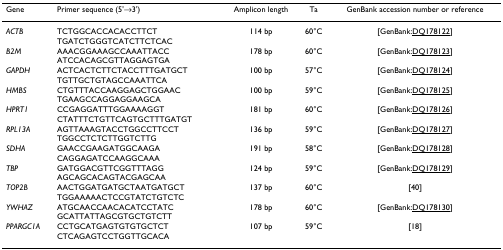
<table><thead><tr><td><b>Gene</b></td><td><b>Primer sequence (5&#x27;→3&#x27;)</b></td><td><b>Amplicon length</b></td><td><b>Ta</b></td><td><b>GenBank accession number or reference</b></td></tr></thead><tbody><tr><td><i>ACTB</i></td><td>TCTGGCACCACACCTTCTTGATCTGGGTCATCTTCTCAC</td><td>114 bp</td><td>60°C</td><td>[GenBank:DQ178122]</td></tr><tr><td><i>B2M</i></td><td>AAACGGAAAGCCAAATTACCATCCACAGCGTTAGGAGTGA</td><td>178 bp</td><td>60°C</td><td>[GenBank:DQ178123]</td></tr><tr><td><i>GAPDH</i></td><td>ACTCACTCTTCTACCTTTGATGCTTGTTGCTGTAGCCAAATTCA</td><td>100 bp</td><td>57°C</td><td>[GenBank:DQ178124]</td></tr><tr><td><i>HMBS</i></td><td>CTGTTTACCAAGGAGCTGGAACTGAAGCCAGGAGGAAGCA</td><td>100 bp</td><td>59°C</td><td>[GenBank:DQ178125]</td></tr><tr><td><i>HPRT1</i></td><td>CCGAGGATTTGGAAAAGGTCTATTTCTGTTCAGTGCTTTGATGT</td><td>181 bp</td><td>60°C</td><td>[GenBank:DQ178126]</td></tr><tr><td><i>RPL13A</i></td><td>AGTTAAAGTACCTGGCCTTCCTTGGCCTCTCTTGGTCTTG</td><td>136 bp</td><td>59°C</td><td>[GenBank:DQ178127]</td></tr><tr><td><i>SDHA</i></td><td>GAACCGAAGATGGCAAGACAGGAGATCCAAGGCAAA</td><td>191 bp</td><td>58°C</td><td>[GenBank:DQ178128]</td></tr><tr><td><i>TBP</i></td><td>GATGGACGTTCGGTTTAGGAGCAGCACAGTACGAGCAA</td><td>124 bp</td><td>59°C</td><td>[GenBank:DQ178129]</td></tr><tr><td><i>TOP2B</i></td><td>AACTGGATGATGCTAATGATGCTTGGAAAAACTCCGTATCTGTCTC</td><td>137 bp</td><td>60°C</td><td>[40]</td></tr><tr><td><i>YWHAZ</i></td><td>ATGCAACCAACACATCCTATCGCATTATTAGCGTGCTGTCTT</td><td>178 bp</td><td>60°C</td><td>[GenBank:DQ178130]</td></tr><tr><td><i>PPARGC1A</i></td><td>CCTGCATGAGTGTGTGCTCTCTCAGAGTCCTGGTTGCACA</td><td>107 bp</td><td>59°C</td><td>[18]</td></tr></tbody></table>